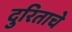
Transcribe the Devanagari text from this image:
दुरिताचे